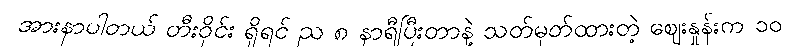
အားနာပါတယ် တီးဝိုင်း ရှိရင် ည ၈ နာရီပြီးတာနဲ့ သတ်မှတ်ထားတဲ့ ဈေးနှုန်းက ၁၀